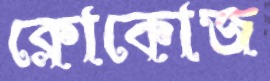
ক্লোকোজ